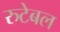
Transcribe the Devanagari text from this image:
रुटेबल